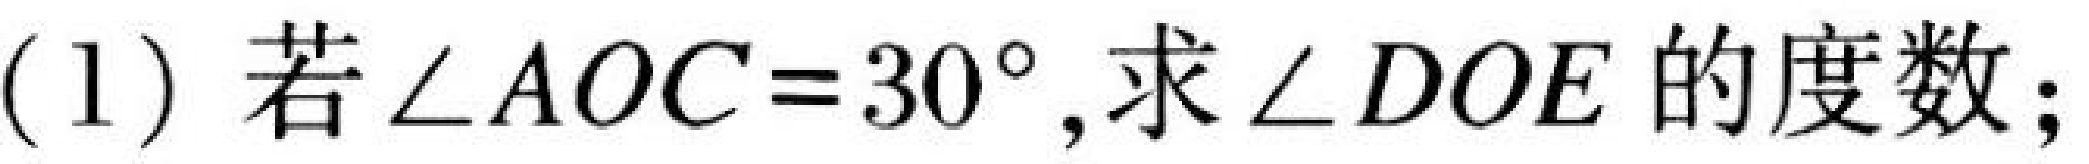
(1) 若\(\angle AOC = 30^{\circ}\),求\(\angle DOE\)的度数；